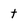
Character: t